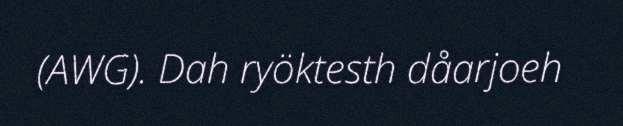
(AWG). Dah ryöktesth dåarjoeh